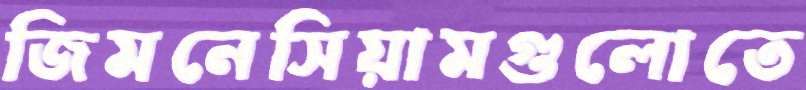
জিমনেসিয়ামগুলোতে